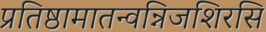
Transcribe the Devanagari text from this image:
प्रतिष्ठामातन्वन्निजशिरसि